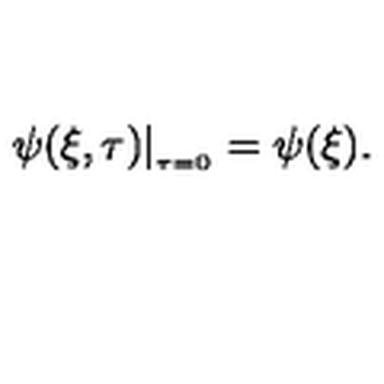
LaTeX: \psi ( \xi , \tau ) | _ { _ { \tau = 0 } } = \psi ( \xi ) .